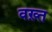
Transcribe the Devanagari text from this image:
वख़्त